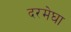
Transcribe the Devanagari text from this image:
दरमेघा